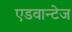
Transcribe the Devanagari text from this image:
एडवान्टेज